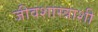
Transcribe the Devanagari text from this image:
जीवशास्त्राशी